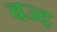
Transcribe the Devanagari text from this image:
वज्द